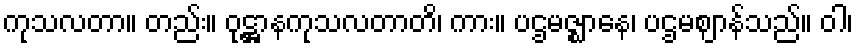
ကုသလတာ။ တည်း။ ဝုဋ္ဌာနကုသလတာတိ၊ ကား။ ပဌမဇ္ဈာနေ၊ ပဌမဈာန်သည်။ ဝါ၊